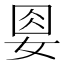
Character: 𡜰